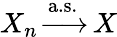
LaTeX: \displaystyle X_{n}\, {\xrightarrow{\mathrm{a.s.}}}\, X